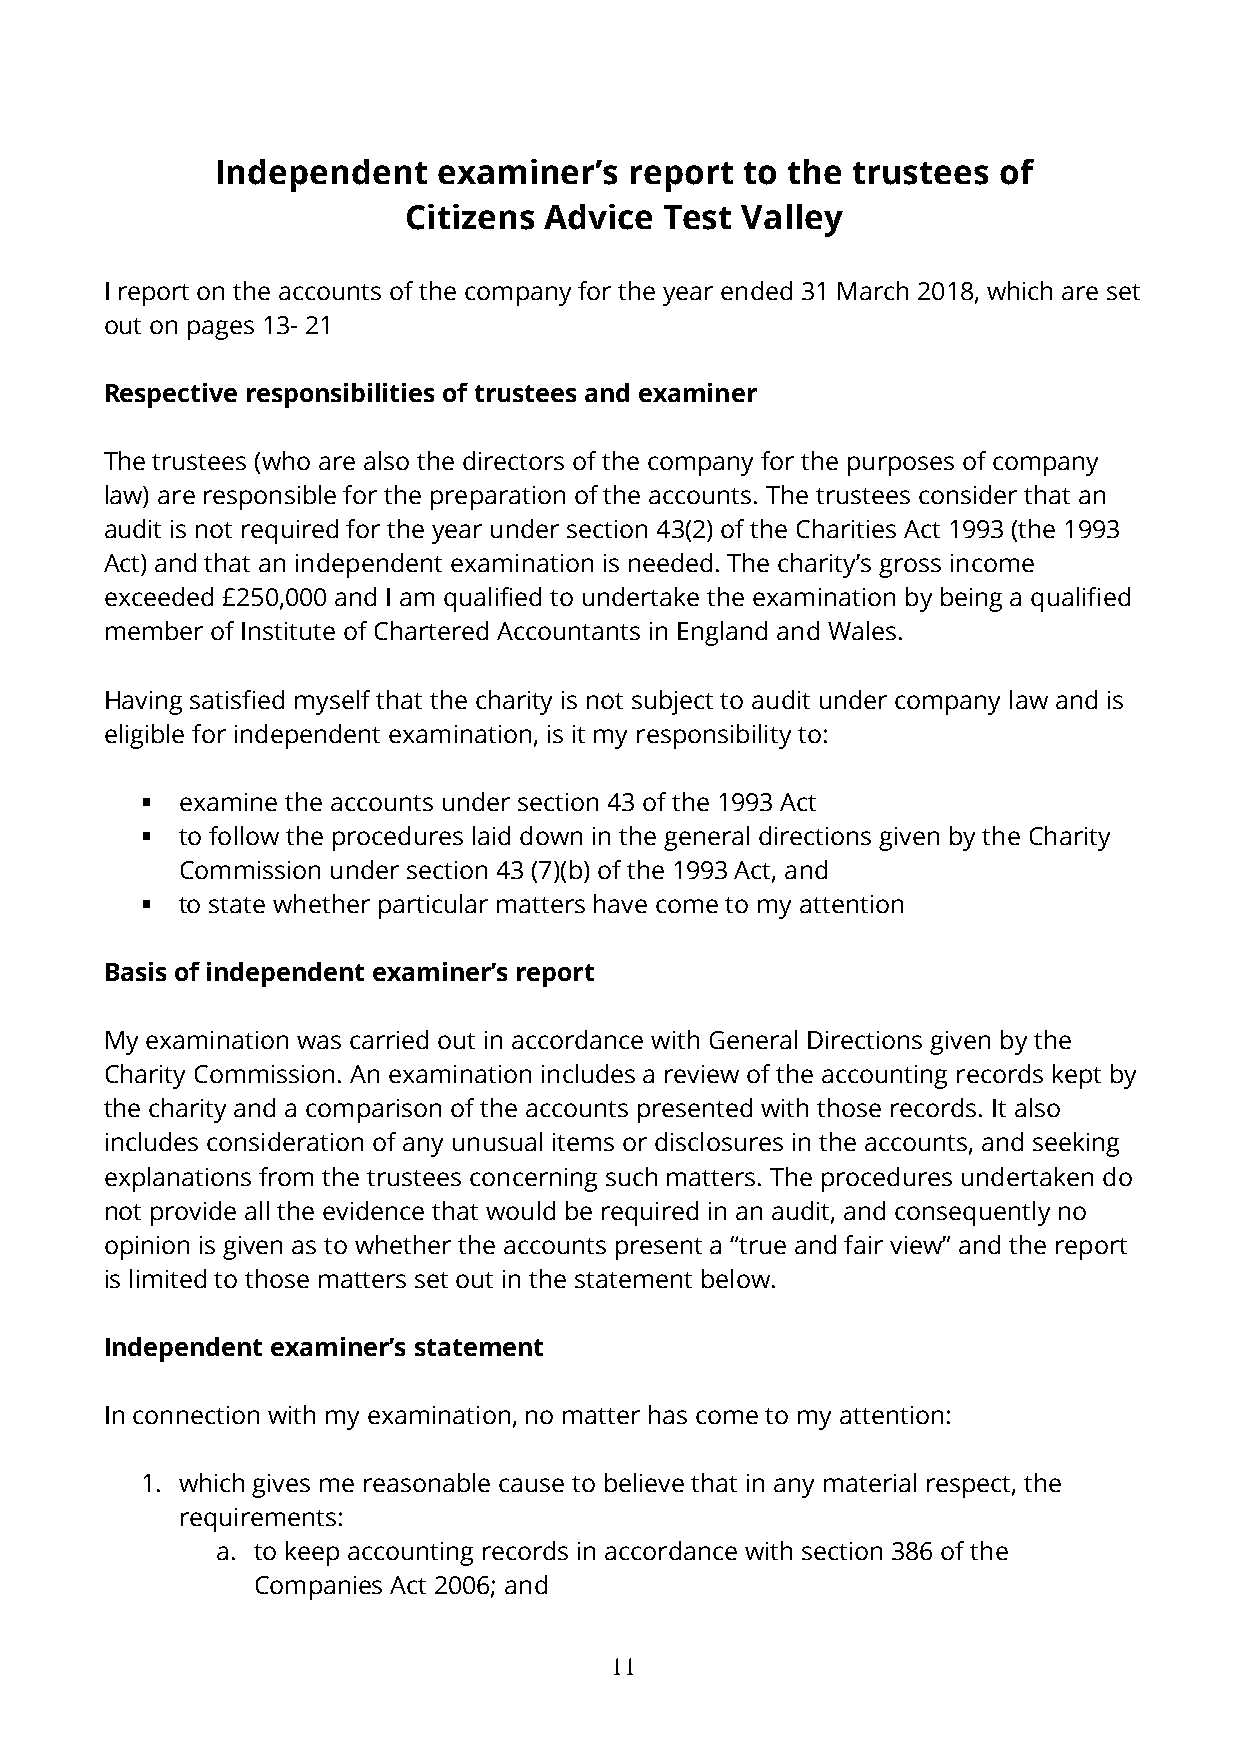
Independent    examiner’s   report to the trustees  of
 Citizens Advice  Test Valley
 I report on the accounts of the company for the year ended 31 March 2018, which are set
 out on pages 13- 21
 Respective responsibilities of trustees and examiner
 The trustees (who are also the directors of the company for the purposes of company
 law) are responsible for the preparation of the accounts. The trustees consider that an
 audit is not required for the year under section 43(2) of the Charities Act 1993 (the 1993
 Act) and that an independent examination is needed. The charity’s gross income
 exceeded £250,000 and I am qualified to undertake the examination by being a qualified
 member of Institute of Chartered Accountants in England and Wales.
 Having satisfied myself that the charity is not subject to audit under company law and is
 eligible for independent examination, is it my responsibility to:
   examine the accounts under section 43 of the 1993 Act
   to follow the procedures laid down in the general directions given by the Charity
 Commission under section 43 (7)(b) of the 1993 Act, and
   to state whether particular matters have come to my attention
 Basis of independent examiner’s report
 My examination was carried out in accordance with General Directions given by the
 Charity Commission. An examination includes a review of the accounting records kept by
 the charity and a comparison of the accounts presented with those records. It also
 includes consideration of any unusual items or disclosures in the accounts, and seeking
 explanations from the trustees concerning such matters. The procedures undertaken do
 not provide all the evidence that would be required in an audit, and consequently no
 opinion is given as to whether the accounts present a “true and fair view” and the report
 is limited to those matters set out in the statement below.
 Independent examiner’s statement
 In connection with my examination, no matter has come to my attention:
 1. which gives me reasonable cause to believe that in any material respect, the
 requirements:
 a. to keep accounting records in accordance with section 386 of the
 Companies Act 2006; and
 11